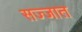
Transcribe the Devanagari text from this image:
सज्जात